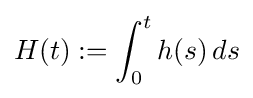
H(t):=\int _{0}^{t}h(s)\,ds